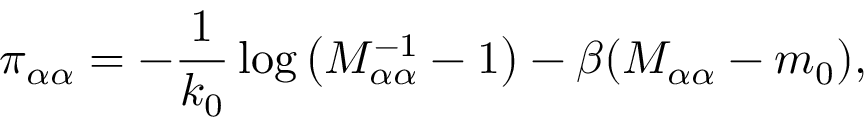
\pi _ { \alpha \alpha } = - \frac { 1 } { k _ { 0 } } \log \left( M _ { \alpha \alpha } ^ { - 1 } - 1 \right) - \beta ( M _ { \alpha \alpha } - m _ { 0 } ) ,